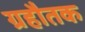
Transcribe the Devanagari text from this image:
ग्रहौतक